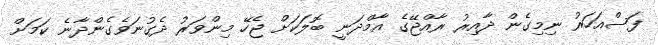
ފަސްއަހަރު ނިމިގެން ދާއިރު ރާއްޖޭގެ އާމްދަނީ ބޮލަކަަށް ޖެހޭ މިންވަރު ދެގުނަވެގެންދާނެ ކަމަށް